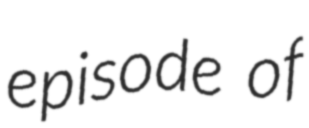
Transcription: episode of